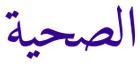
الصحية